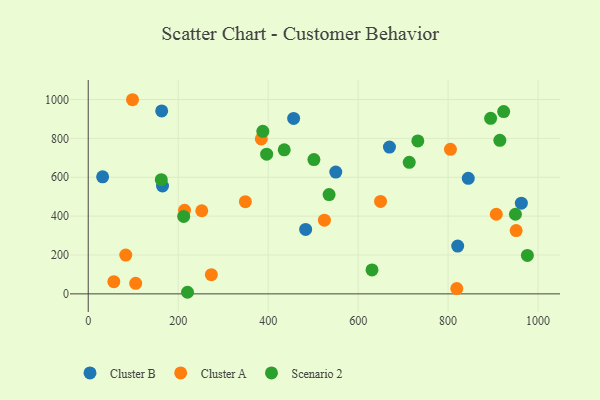
{"axis": {"x": "Investment", "y": "Rating"}, "legend": ["Cluster A", "Cluster B", "Scenario 2"], "data": [{"x": "165.1", "y": 555.2, "type": "Cluster B"}, {"x": "669.6", "y": 755.6, "type": "Cluster B"}, {"x": "962.8", "y": 466.8, "type": "Cluster B"}, {"x": "550.3", "y": 626.9, "type": "Cluster B"}, {"x": "163.3", "y": 941.5, "type": "Cluster B"}, {"x": "821.3", "y": 246.1, "type": "Cluster B"}, {"x": "456.6", "y": 902.7, "type": "Cluster B"}, {"x": "32.0", "y": 602.3, "type": "Cluster B"}, {"x": "844.8", "y": 594.6, "type": "Cluster B"}, {"x": "483.3", "y": 331.5, "type": "Cluster B"}, {"x": "525.0", "y": 379.1, "type": "Cluster A"}, {"x": "56.9", "y": 62.9, "type": "Cluster A"}, {"x": "98.4", "y": 999.1, "type": "Cluster A"}, {"x": "951.2", "y": 325.9, "type": "Cluster A"}, {"x": "273.7", "y": 99.0, "type": "Cluster A"}, {"x": "214.1", "y": 429.8, "type": "Cluster A"}, {"x": "805.2", "y": 743.8, "type": "Cluster A"}, {"x": "907.1", "y": 409.8, "type": "Cluster A"}, {"x": "384.7", "y": 797.5, "type": "Cluster A"}, {"x": "252.4", "y": 427.8, "type": "Cluster A"}, {"x": "819.3", "y": 27.3, "type": "Cluster A"}, {"x": "649.8", "y": 475.5, "type": "Cluster A"}, {"x": "83.4", "y": 199.7, "type": "Cluster A"}, {"x": "349.3", "y": 474.6, "type": "Cluster A"}, {"x": "105.5", "y": 54.3, "type": "Cluster A"}, {"x": "630.8", "y": 123.3, "type": "Scenario 2"}, {"x": "713.6", "y": 676.9, "type": "Scenario 2"}, {"x": "212.2", "y": 398.6, "type": "Scenario 2"}, {"x": "923.5", "y": 938.2, "type": "Scenario 2"}, {"x": "501.7", "y": 691.2, "type": "Scenario 2"}, {"x": "535.4", "y": 511.0, "type": "Scenario 2"}, {"x": "396.6", "y": 719.1, "type": "Scenario 2"}, {"x": "162.4", "y": 587.7, "type": "Scenario 2"}, {"x": "732.7", "y": 787.3, "type": "Scenario 2"}, {"x": "949.6", "y": 409.7, "type": "Scenario 2"}, {"x": "976.2", "y": 197.7, "type": "Scenario 2"}, {"x": "915.0", "y": 790.0, "type": "Scenario 2"}, {"x": "220.7", "y": 8.2, "type": "Scenario 2"}, {"x": "435.7", "y": 741.5, "type": "Scenario 2"}, {"x": "894.5", "y": 903.5, "type": "Scenario 2"}, {"x": "388.1", "y": 836.4, "type": "Scenario 2"}]}